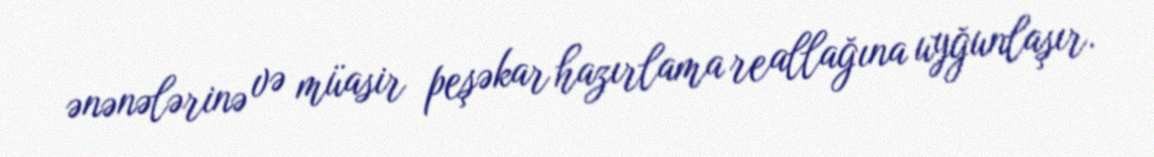
ənənələrinə və müasir peşəkar hazırlama reallağına uyğunlaşır.